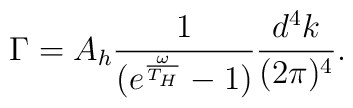
\Gamma = A_{h} \frac{1}{(e^{\frac{\omega}{T_{H}}} - 1)} \frac{d^{4}k}{(2\pi)^{4}}.